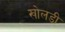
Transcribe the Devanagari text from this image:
खोलड़ी